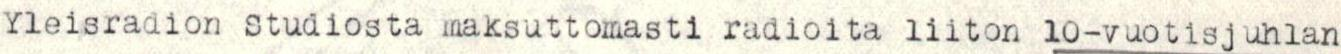
Yleisradion studiosta maksuttomasti radioita liiton 10-vuotisjuhlan